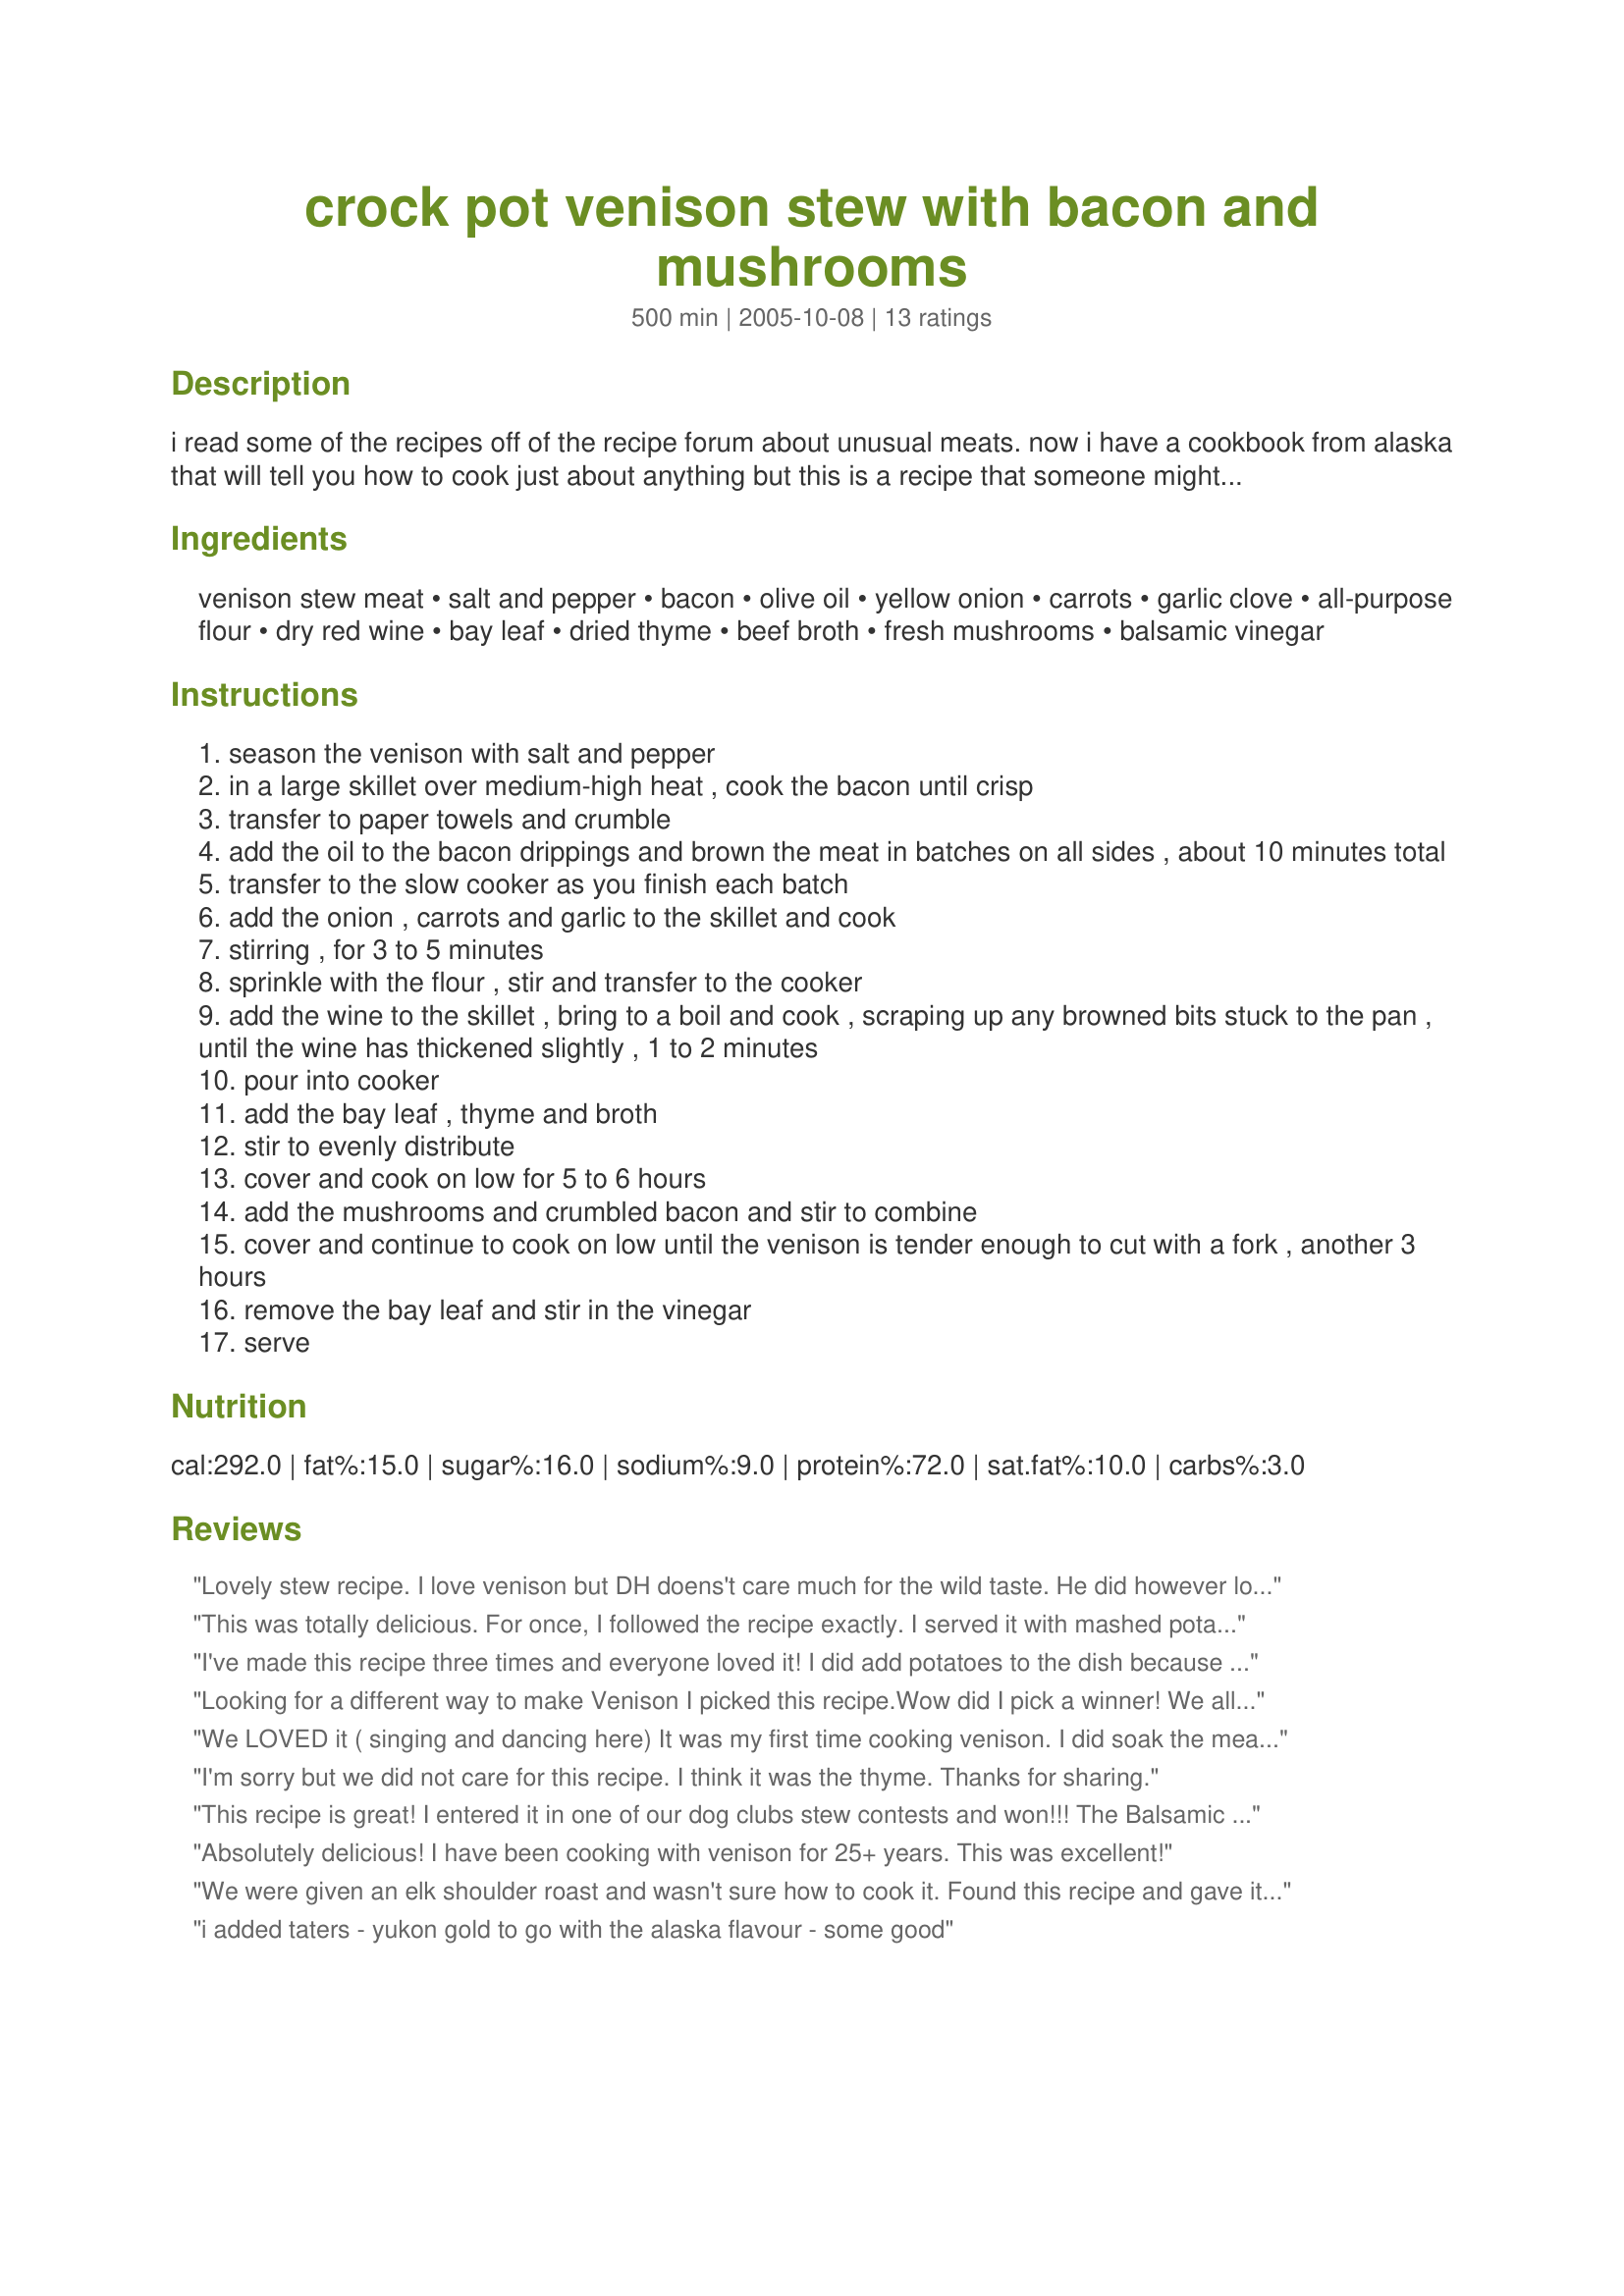
crock pot venison stew with bacon and mushrooms
Preparation time: 500 minutes

i read some of the recipes off of the recipe forum about unusual meats. now i have a cookbook from alaska that will tell you how to cook just about anything but this is a recipe that someone might actually use! i serve this with white or brown rice or buttered egg noodles. it comes from "not your mother's slow cooker cookbook"

Ingredients:
venison stew meat, salt and pepper, bacon, olive oil, yellow onion, carrots, garlic clove, all-purpose flour, dry red wine, bay leaf, dried thyme, beef broth, fresh mushrooms, balsamic vinegar

Steps:
season the venison with salt and pepper
in a large skillet over medium-high heat , cook the bacon until crisp
transfer to paper towels and crumble
add the oil to the bacon drippings and brown the meat in batches on all sides , about 10 minutes total
transfer to the slow cooker as you finish each batch
add the onion , carrots and garlic to the skillet and cook
stirring , for 3 to 5 minutes
sprinkle with the flour , stir and transfer to the cooker
add the wine to the skillet , bring to a boil and cook , scraping up any browned bits stuck to the pan , until the wine has thickened slightly , 1 to 2 minutes
pour into cooker
add the bay leaf , thyme and broth
stir to evenly distribute
cover and cook on low for 5 to 6 hours
add the mushrooms and crumbled bacon and stir to combine
cover and continue to cook on low until the venison is tender enough to cut with a fork , another 3 hours
remove the bay leaf and stir in the vinegar
serve

Reviews:
Lovely stew recipe. I love venison but DH doens't care much for the wild taste. He did however love this stew and said it did not taste wild at all.
Will make this again, thanks for sharing :)
This was totally delicious. For once, I followed the recipe exactly. I served it with mashed potatoes and green beans.
I've made this recipe three times and everyone loved it! I did add potatoes to the dish because the people I was cooking for loved their potatoes. I did double all the ingredients except the mushrooms as TLynne suggested.
Looking for a different way to make Venison I picked this recipe.<br/><br/>Wow did I pick a winner! We all loved the flavor of this. Because I did not have smokey bacon I added some smoke flavor to this.<br/><br/>Can't wait to make this dish for my parents who grew up on venison. Wow are they going to be surprised with this one.<br/><br/>Thank you for posting this recipe for us to try.
We LOVED it ( singing and dancing here) It was my first time cooking venison. I did soak the meat in milk before cooking. Doubled all ingredients Except for the mushrooms. Left that at 12 oz. My only other change was that I added about 12 Golden Youkon Potatoes (diced) to the pot and skipped the rice/noodles. Took it to a Bon Fire and was a Big hit. Of course Soldiers eat anything thats been home-cooked!
I'm sorry but we did not care for this recipe. I think it was the thyme. Thanks for sharing.
This recipe is great! I entered it in one of our dog clubs stew contests and won!!! The Balsamic really helps the flavor i always add a lil more! It does have a nice kick that i wasn't aware of but I think that it really adds to the stew! Thanks so much 4 sharing!<br/>-God Bless
Absolutely delicious! I have been cooking with venison for 25+ years. This was excellent!
We were given an elk shoulder roast and wasn't sure how to cook it. Found this recipe and gave it a try. The only thing I did differently was added a can of diced tomatoesand some Penzey's Northwoods seasoning. At the end I pulled the meat off the bone (like I would pull a pork shoulder) and added it back in with the veggies & liquid. This created more of a ragu. I then added cooked wide noodles. It was very good!
i added taters - yukon gold to go with the alaska flavour - some good
I am rating this recipe based on what my SO and his coworkers told me.
I made this for him to take to a potluck just before Christmas. Followed the recipe completely except I did not have a bay leaf but the thyme should have made it really unnoticeable. I did add potatoes. From reading the recipe I would have believed it to be very flavorful but the comments he and the others said was that it was very plain. That is needed more spice or something. I will make it again when they go on their annual ice fishing trip and perhaps add some hot spice to it. Will review again after that.
This was amazing. I hadn&#039;t had Venison before, and this was a great way to try it. It turned out beautifully. Thank you for this recipe. I didn&#039;t have balsamic vinegar, but it still turned out. My DH couldn&#039;t get enough! I also served this with mashed potatoes. Thanks for the recipe, I will make it again.
SO TASTY!!! I will definately be fixing this again!
